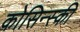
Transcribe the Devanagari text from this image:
कोसिन्स्की